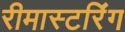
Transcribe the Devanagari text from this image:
रीमास्टरिंग